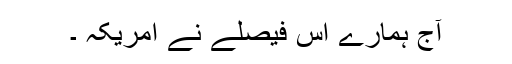
آج ہمارے اس فیصلے نے امریکہ ۔